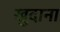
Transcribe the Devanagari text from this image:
खुदाना